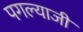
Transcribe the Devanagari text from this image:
पगल्याजी